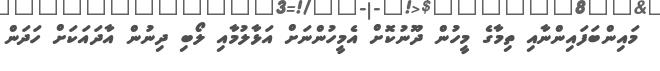
މައިންބަފައިންނާއި ތިމާގެ މީހުން ދޫނުކޮށް އެމީހުންނަށް އަޅާލުމާއި ލޯބި ދިނުން އާދައަކަށް ހަދަން